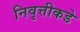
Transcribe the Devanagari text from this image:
निवृत्तीकडे